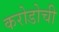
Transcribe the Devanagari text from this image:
करोडोची